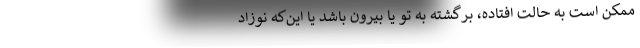
ممکن است به حالت افتاده، برگشته به تو یا بیرون باشد یا این‌که نوزاد